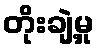
တိုးချဲ့မှု